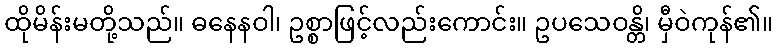
ထိုမိန်းမတို့သည်။ ဓနေနဝါ၊ ဥစ္စာဖြင့်လည်းကောင်း။ ဥပသေဝန္တိ၊ မှီဝဲကုန်၏။